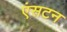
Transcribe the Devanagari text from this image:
एंसटन